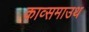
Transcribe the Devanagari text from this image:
काव्समाउथ